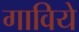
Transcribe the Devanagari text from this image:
गाविये